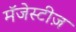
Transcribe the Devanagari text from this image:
मॅजेस्टीज़